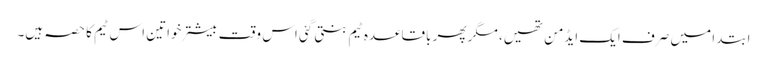
ابتدا میں صرف ایک ایڈمن تھیں، مگر پھر باقاعدہ ٹیم بنتی گئی اس وقت بیشتر خواتین اس ٹیم کا حصہ ہیں۔